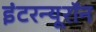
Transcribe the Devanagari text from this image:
इंटरन्यूरॉन